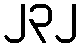
၂၃၂